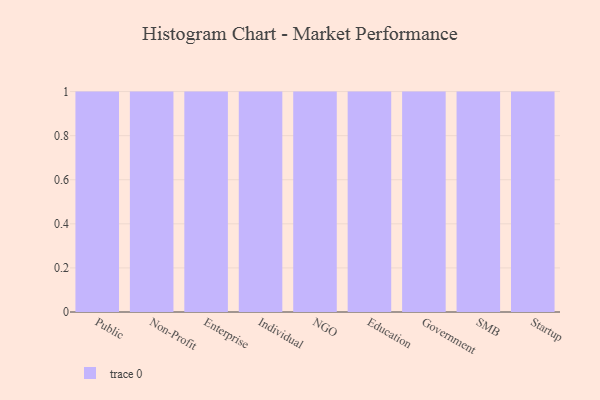
{"axis": {"x": "Segment", "y": "Tickets Resolved"}, "legend": [""], "data": [{"x": "Public", "y": 4, "type": ""}, {"x": "Non-Profit", "y": 51, "type": ""}, {"x": "Enterprise", "y": 40, "type": ""}, {"x": "Individual", "y": 63, "type": ""}, {"x": "NGO", "y": 70, "type": ""}, {"x": "Education", "y": 9, "type": ""}, {"x": "Government", "y": 59, "type": ""}, {"x": "SMB", "y": 59, "type": ""}, {"x": "Startup", "y": 95, "type": ""}]}